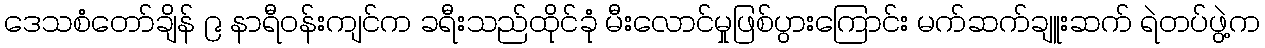
ဒေသစံတော်ချိန် ၉ နာရီဝန်းကျင်က ခရီးသည်ထိုင်ခုံ မီးလောင်မှုဖြစ်ပွားကြောင်း မက်ဆက်ချူးဆက် ရဲတပ်ဖွဲ့က